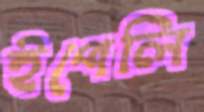
ইপেলি